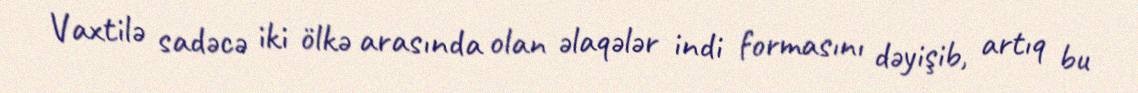
Vaxtilə sadəcə iki ölkə arasında olan əlaqələr indi formasını dəyişib, artıq bu